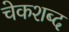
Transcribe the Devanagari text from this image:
चेकशब्द